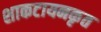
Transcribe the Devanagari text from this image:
शाकटायनकृत